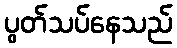
ပွတ်သပ်နေသည်